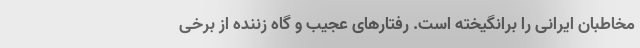
مخاطبان ایرانی را برانگیخته است. رفتارهای عجیب و گاه زننده از برخی